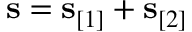
\begin{array} { r } { \mathbf s = \mathbf s _ { [ 1 ] } + \mathbf s _ { [ 2 ] } } \end{array}